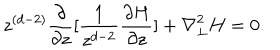
z ^ { ( d - 2 ) } \frac { \partial } { { \partial } z } [ \frac { 1 } { z ^ { d - 2 } } \frac { { \partial } H } { { \partial } z } ] + { \nabla } _ { \perp } ^ { 2 } H = 0 .